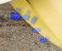
ترافق